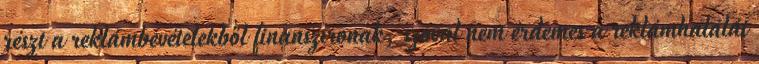
részt a reklámbevételekből finanszíronak, szóval nem érdemes a reklámhalálát